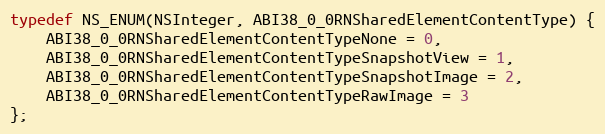
Language: C
typedef NS_ENUM(NSInteger, ABI38_0_0RNSharedElementContentType) {
    ABI38_0_0RNSharedElementContentTypeNone = 0,
    ABI38_0_0RNSharedElementContentTypeSnapshotView = 1,
    ABI38_0_0RNSharedElementContentTypeSnapshotImage = 2,
    ABI38_0_0RNSharedElementContentTypeRawImage = 3
};